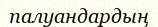
палуандардың